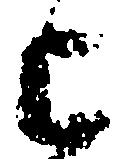
上